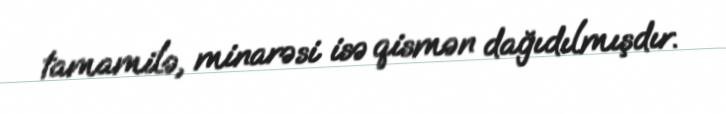
tamamilə, minarəsi isə qismən dağıdılmışdır.